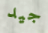
جيد